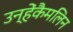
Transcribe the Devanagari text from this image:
उन्हेंकैमलिन